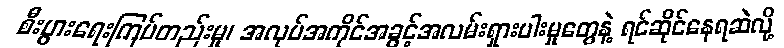
စီးပွားရေးကြပ်တည်းမှု၊ အလုပ်အကိုင်အခွင့်အလမ်းရှားပါးမှုတွေနဲ့ ရင်ဆိုင်နေရဆဲလို့